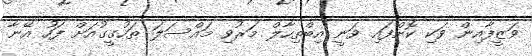
ވަޒީފާއިން ވަކި ކޮށްފައި ވަނީ އިބްތިހާލް މަރުވި މައްސަލަ ތަހުގީގުއަށް ފަހު އޭނާ